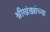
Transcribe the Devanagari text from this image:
श्रीखंड्यांच्या